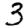
Digit: 3